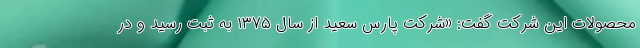
محصولات این شرکت گفت: «شرکت پارس سعید از سال ۱۳۷۵ به ثبت رسید و در